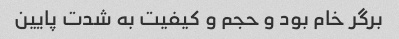
برگر خام بود و حجم و کیفیت به شدت پایین